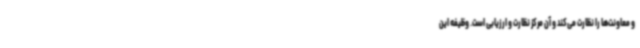
و معاونت‌ها را نظارت می‌کند و آن مرکز نظارت و ارزیابی است. وظیفه این